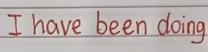
I have been doing